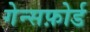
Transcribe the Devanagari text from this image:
गेन्सफ़ोर्ड